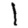
Digit: 1